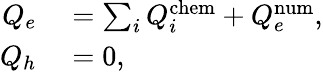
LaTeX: \begin{array}{rl}{Q_{e}}&{{}=\sum_{i}Q_{i}^{\textrm{chem}}+Q_{e}^{\textrm{num}},}\\ {Q_{h}}&{{}=0,}\end{array}